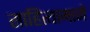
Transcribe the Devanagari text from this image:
साहित्यामागे